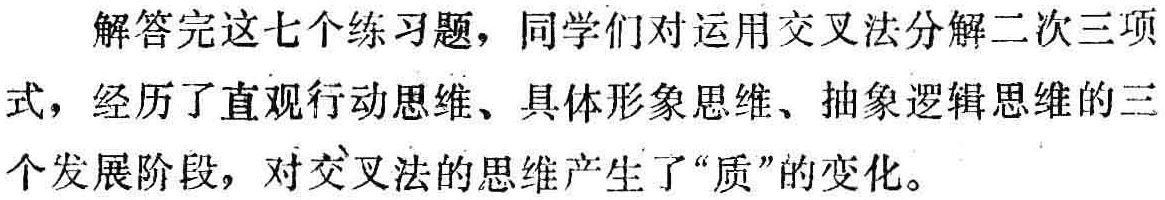
解答完这七个练习题，同学们对运用交叉法分解二次三项式，经历了直观行动思维、具体形象思维、抽象逻辑思维的三个发展阶段，对交叉法的思维产生了“质”的变化。